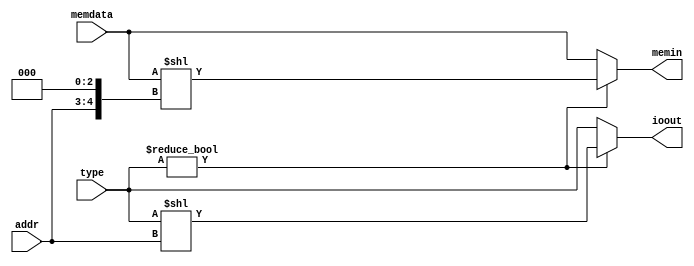
`timescale 1ns / 1ps
module memc(
memdata,
addr,
type,
ioout,
memin
    );
input [31:0] memdata;
input [1:0] addr;
input [3:0] type;
//wire [3:0] io;
//wire [31:0] data;
output [3:0] ioout;
output [31:0] memin;
assign ioout = (type !=0)? (type<<addr):type;//error I may face is half word write with addr ending 11
assign memin = (type!=0)? (memdata<<{{addr},3'b000}):memdata;
//assign ioout = {io[0],io[1],io[2],io[3]};
//assign memin = {data[7:0],data[15:8],data[23:16],data[31:24]};
endmodule